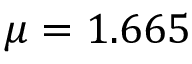
\mu = 1 . 6 6 5